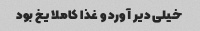
خیلی دیر آورد و غذا کاملا یخ بود